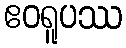
ဧဝရူပဿ